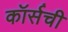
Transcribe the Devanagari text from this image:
कॉर्सची